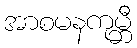
အာစမနကုမ္ဘီ